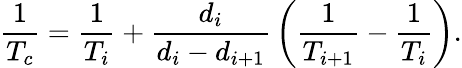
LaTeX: {\frac{1}{T_{c}}}={\frac{1}{T_{i}}}+{\frac{d_{i}}{d_{i}-d_{i+1}}}\left({\frac{1}{T_{i+1}}}-{\frac{1}{T_{i}}}\right).